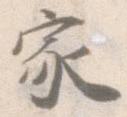
家